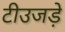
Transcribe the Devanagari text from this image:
टीउजड़े